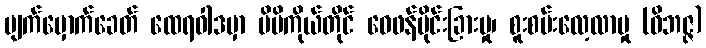
မျက်မှောက်ခေတ် ထေရဝါဒမှာ မိမိကိုယ်တိုင် ဝေဖန်ပိုင်းခြားမှု၊ စူးစမ်းလေ့လာမှု (ဝိဘဇ္ဇ)